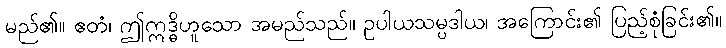
မည်၏။ ဧတံ၊ ဤဣဒ္ဓိဟူသော အမည်သည်။ ဥပါယသမ္ပဒါယ၊ အကြောင်း၏ ပြည့်စုံခြင်း၏။